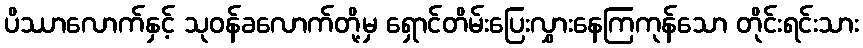
ပိဿာလောက်နှင့် သုဝန်ခလောက်တို့မှ ရှောင်တိမ်းပြေးလွှားနေကြကုန်သော တိုင်းရင်းသား